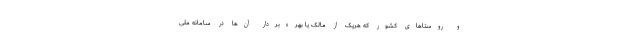
و روستاهای کشور که هریک از مالک یا بهره‌بردار آن‌ها در سامانه ملی